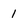
Character: 1